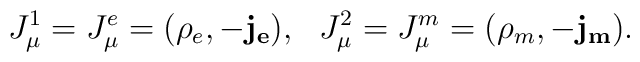
J_\mu^1=J_\mu^e=(\rho_e, -\mathbf{j_e}),~~J_\mu^2=J_\mu^m=(\rho_m,-\mathbf{j_m}).